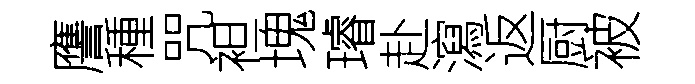
譍種咒袒塊璿赴瀉返厨被